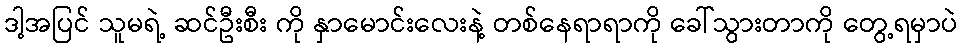
ဒါ့အပြင် သူမရဲ့ ဆင်ဦးစီး ကို နှာမောင်းလေးနဲ့ တစ်နေရာရာကို ခေါ်သွားတာကို တွေ့ရမှာပဲ